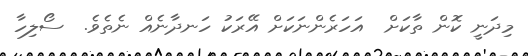
މިދަނީ ކޮން ތާކަށް  އަހަރެންނަކަށް އޭރަކު ހަނދާނެއް ނެތެވެ.  ސޯލިހާ